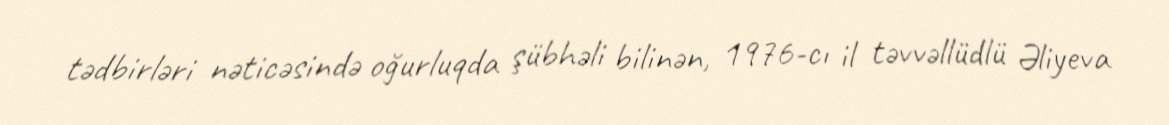
tədbirləri nəticəsində oğurluqda şübhəli bilinən, 1976-cı il təvvəllüdlü Əliyeva